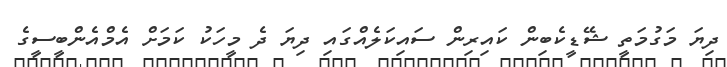
ދިޔަ މަގުމަތީ ޝޭޑީކެބިން ކައިރިން ސައިކަލެއްގައި ދިޔަ ދެ މީހަކު ކަމަށް އެމްއެންބީސީގެ